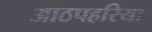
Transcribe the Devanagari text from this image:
आठपहरिया